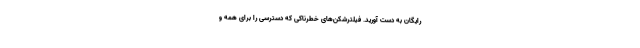
رایگان به دست آورید. فیلترشکن‌های خطرناکی که دسترسی را برای همه و